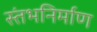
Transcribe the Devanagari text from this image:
स्तंभनिर्माण